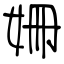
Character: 姍